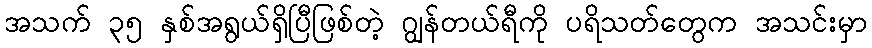
အသက် ၃၅ နှစ်အရွယ်ရှိပြီဖြစ်တဲ့ ဂျွန်တယ်ရီကို ပရိသတ်တွေက အသင်းမှာ